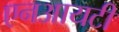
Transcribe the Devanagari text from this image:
एनआयटी